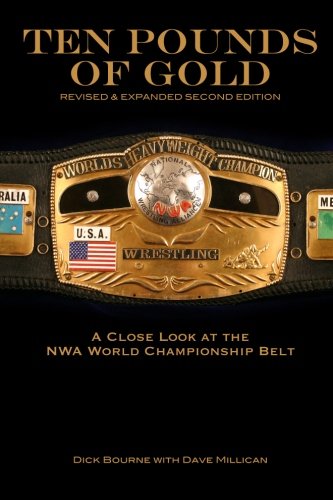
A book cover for Ten Pounds of Gold (2nd Edition): A Close Look at the NWA World Championship Belt; Dick Bourne; Sports & Outdoors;